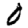
Digit: 0